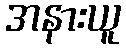
အနားယူ